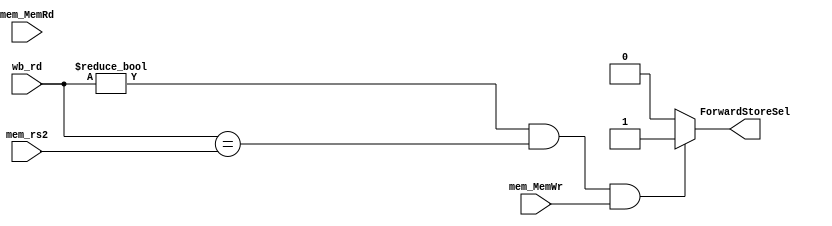
// resolve data hazard when storing data into DataMem
module Forwarding_Unit_MEM (
      //input  wire [4:0]  ex_rs1     , // from Reg_ID_EX
      input  wire [4:0]  mem_rs2    , // from Reg_EX_MEM
      //input  wire [4:0]  mem_rd     , // from Reg_EX_MEM
      input  wire [4:0]  wb_rd      , // from Reg_MEM_WB
      //input              mem_RegWr  , // from Reg_EX_MEM
      //input              wb_RegWr   , // from Reg_MEM_WB
      input              mem_MemRd  , // from Reg_EX_MEM
		input              mem_MemWr  , // from Reg_EX_MEM
      output reg     ForwardStoreSel
      //output reg  [1:0]  ForwardBSel 
  );
  
wire w_hazard = (wb_rd != 5'b00000) && (wb_rd==mem_rs2) && mem_MemWr;

always @(*)
  begin
   // First ALU
    if (w_hazard)   
      begin
        ForwardStoreSel = 1'b1; 
      end
    else        
      begin
        ForwardStoreSel = 1'b0; // No Data Hazard
      end
  end
endmodule